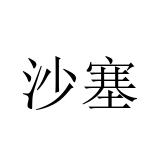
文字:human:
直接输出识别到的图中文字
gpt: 沙塞